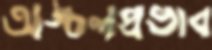
অঙ্চলপ্রভাব